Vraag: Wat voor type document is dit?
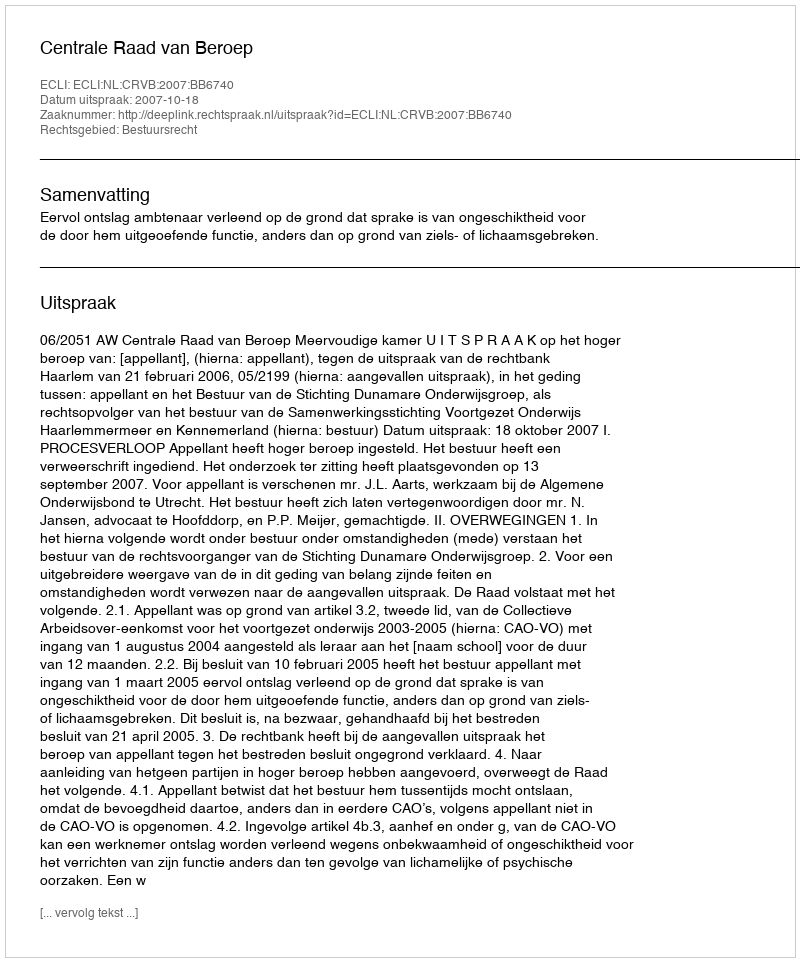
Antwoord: Uitspraak